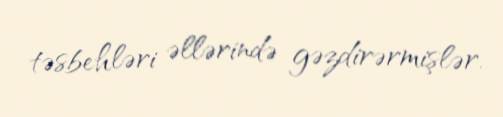
təsbehləri əllərində gəzdirərmişlər.